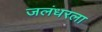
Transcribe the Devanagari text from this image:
जलंधरला